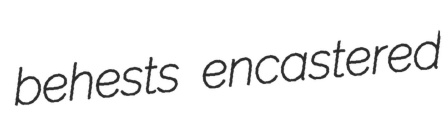
behests encastered